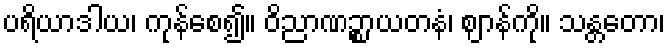
ပရိယာဒါယ၊ ကုန်စေ၍။ ဝိညာဏဉ္စာယတနံ၊ ဈာန်ကို။ သန္တတော၊